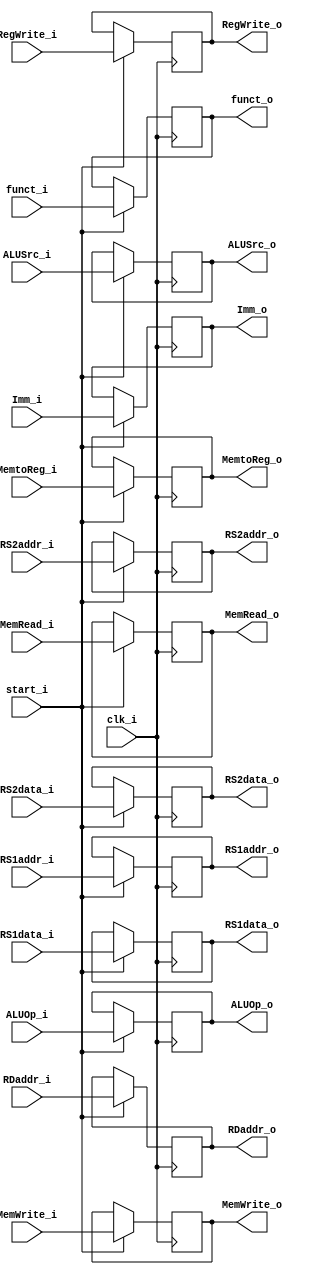
module IDEX (
    clk_i,
    start_i,
    // in 
    RegWrite_i,
    MemtoReg_i,
    MemRead_i,
    MemWrite_i,
    ALUOp_i,
    ALUSrc_i,
    RS1data_i,
    RS2data_i,
    Imm_i,
    funct_i,
    RDaddr_i, 
    RS1addr_i,
    RS2addr_i, 
    // out
    RegWrite_o,
    MemtoReg_o,
    MemRead_o,
    MemWrite_o,
    ALUOp_o,
    ALUSrc_o,
    RS1data_o,
    RS2data_o,
    Imm_o,
    funct_o,
    RDaddr_o,
    RS1addr_o,
    RS2addr_o
);

input clk_i, start_i;
input RegWrite_i, MemtoReg_i, MemRead_i, MemWrite_i;
input [1:0] ALUOp_i;
input ALUSrc_i;
input [31:0] RS1data_i, RS2data_i;
input [31:0] Imm_i;
input [9:0] funct_i;
input [4:0] RDaddr_i, RS1addr_i, RS2addr_i;

output RegWrite_o, MemtoReg_o, MemRead_o, MemWrite_o;
output [1:0] ALUOp_o;
output ALUSrc_o;
output [31:0] RS1data_o, RS2data_o;
output [31:0] Imm_o;
output [9:0] funct_o;
output [4:0] RDaddr_o, RS1addr_o, RS2addr_o;

reg RegWrite_o, MemtoReg_o, MemRead_o, MemWrite_o;
reg [1:0] ALUOp_o;
reg ALUSrc_o;
reg signed [31:0] RS1data_o, RS2data_o;
reg signed [31:0] Imm_o;
reg [9:0] funct_o;
reg [4:0] RDaddr_o, RS1addr_o, RS2addr_o;

always @(posedge clk_i) begin
    if (start_i) begin
        RegWrite_o <= RegWrite_i;
        MemtoReg_o <= MemtoReg_i;
        MemRead_o <= MemRead_i;
        MemWrite_o <= MemWrite_i;
        ALUOp_o <= ALUOp_i;
        ALUSrc_o <= ALUSrc_i;
        RS1data_o <= RS1data_i;
        RS2data_o <= RS2data_i;
        Imm_o <= Imm_i;
        funct_o <= funct_i;
        RDaddr_o <= RDaddr_i;
        RS1addr_o <= RS1addr_i;
        RS2addr_o <= RS2addr_i;
    end
    else begin
        RegWrite_o <= RegWrite_o;
        MemtoReg_o <= MemtoReg_o;
        MemRead_o <= MemRead_o;
        MemWrite_o <= MemWrite_o;
        ALUOp_o <= ALUOp_o;
        ALUSrc_o <= ALUSrc_o;
        RS1data_o <= RS1data_o;
        RS2data_o <= RS2data_o;
        Imm_o <= Imm_o;
        funct_o <= funct_o;
        RDaddr_o <= RDaddr_o;
        RS1addr_o <= RS1addr_o;
        RS2addr_o <= RS2addr_o;
    end 
    
end
endmodule